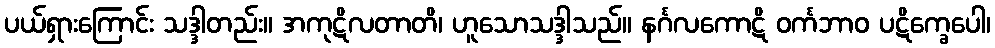
ပယ်ရှားကြောင်း သဒ္ဒါတည်း။ အကုဋိလတာတိ၊ ဟူသောသဒ္ဒါသည်။ နင်္ဂလကောဋိ ဝင်္ကဘာဝ ပဋိက္ခေပေါ၊